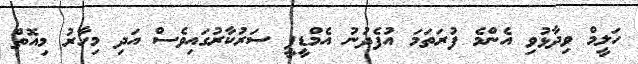
ހަލީމް ވިދާޅުވި އެންމެ ފުރަތަމަ އުފެދުނު އެމްޑީޕީ ސަރުކާރުގައިވެސް އަދި މިހާރު މިއޮތް